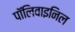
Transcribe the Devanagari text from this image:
पॉलिवाइनिल